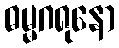
ဓမ္မဂရုနော